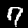
Label: 7